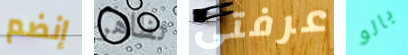
إنضم تظاهر عرفتى بالو